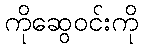
ကိုဆွေဝင်းကို